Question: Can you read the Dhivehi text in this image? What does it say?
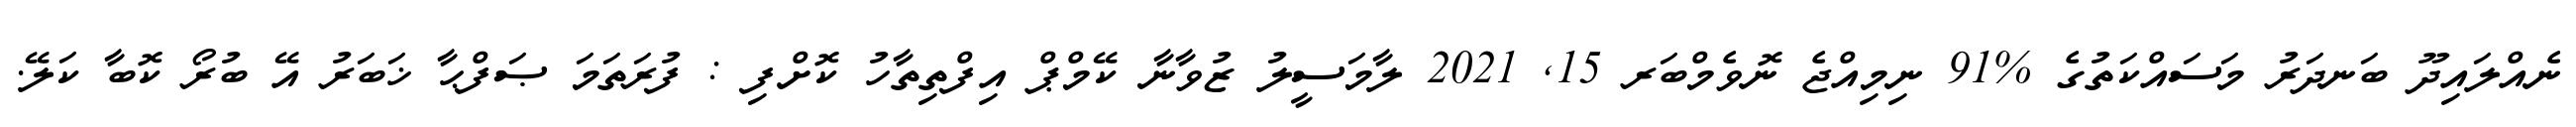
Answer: ނެއްލައިދޫ ބަނދަރު މަސައްކަތުގެ %91 ނިމިއްޖެ ނޮވެމްބަރ 15, 2021 ލާމަސީލު ޒުވާނާ ކޭމްޕް އިފްތިތާހު ކޮށްފި : ފުރަތަމަ ޞަފްޙާ ޚަބަރު އޭ ބުރޯ ކޮބާ ކަލޭ.